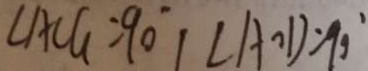
\angle A C G = 9 0 ^ { \circ } ( \angle A O D = 9 0 ^ { \circ }